Civil Veterinary Department. United Provinces 1923-31 - 1923-1931
Year: 1923
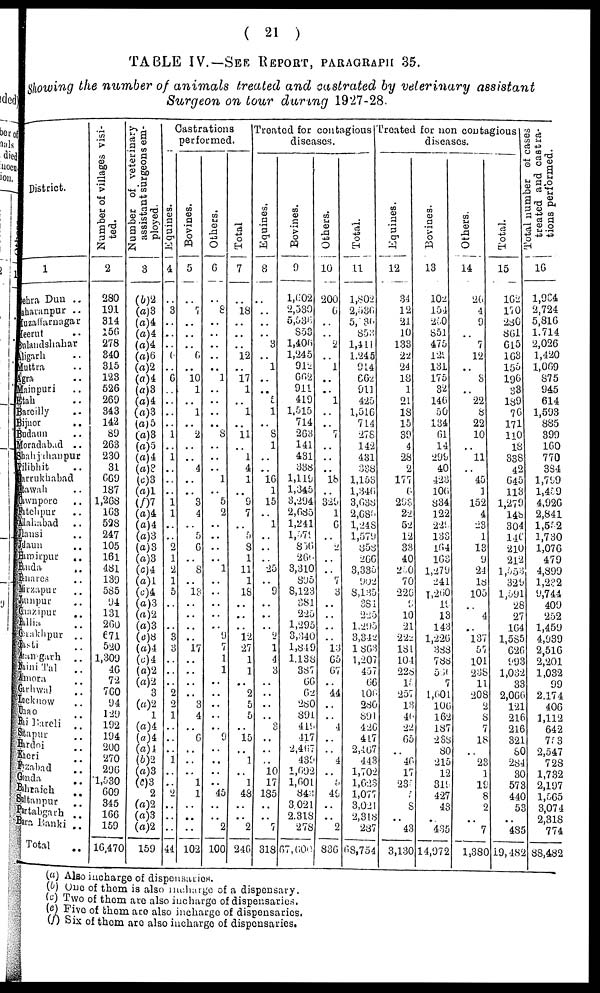
(21)
TABLE IV.—SEE REPORT, PATAGRAPHS 35.
Showing the number of animals treated and castrated by veterinary assistant
Surgeon on tour during 1927-28.
District.
1
shra Dun ..
sharanpur ..
uzaffarnagar
leerut ..
lulandshahar
Jigarh ..
Muttra ..
Igra ..
Mainpuri ..
Etah ..
Bareilly ..
Bijuor
..
Budaun ..
Moradabad ..
Shahjahanpur
Pilibhit ..
larrukhabad
Itawah ..
Cownpore ..
Fatchpur ..
Allahabad ..
Hansi ..
Maun
..
Himirpur ..
Bnda
..
Bnares ..
Mirzapur ..
Jiunpur ..
Giazipur ..
Ballia ..
Gorakhpur ..
Basti ..
Azamgarh
..
Naini Tal ..
Amora ..
Garhwal ..
Lucknow
..
bao ..
Rai Bareli ..
Stapur ..
Hardoi ..
Kheri ..
Frzabad ..
Gonda ..
Bahraich ..
Saltampur
..
Partabgarh ..
Bara Banki ..
Total ..
Number of villages visi-
ted.
2
280
191
314
156
278
340
315
123
526
269
343
142
89
263
230
31
669
187
1,268
163
528
247
105
161
481
139
585
94
131
260
671
520
1,309
46
72 760
94
129
192
194
200
270
296
1,530
609
345
166
..
16,470
Number of veterinary
assistant surgeons em-
ployed.
3
(6)2
(a)3
(a)4
(a)4
(a)4
(a)6
(a)2
(a)4
(a)8
(a)4
(a)3
(a)5
(a)3
(a)5
(a)4
(a)2
(c)3
(a)1
(f)7
(a)4
(a)4
(a)3
(a)3
(a)3
(c)4
(a)1
(c)4
(a)3
(a)2
(a)3
(c)8
(a)4
(c)4
(a)2
(a)2
3
(a)2
1
(a)4
(a)4
(a)4
(b)2
(a)3
(c)3
2
(a)2
(a)3
..
159
Castrations
performed.
Equines.
4
..
3
..
..
..
..
..
6
..
..
..
..
1
..
1
..
..
..
1
1
..
..
2
1
2
1
5
..
..
3
3
..
..
..
2
2
1
..
..
1
1
..
2
..
..
..
44
Bovines.
5
..
7
..
..
..
6
..
10
1
..
1
.. 2
..
..
4
..
..
3
4
..
5
6
..
8
..
18
..
..
..
..
17
..
.. ..
..
3
4
..
6
..
.. ..
1
1
..
..
..
102
Others.
6
..
8
..
..
..
..
..
1
..
..
..
..
8
..
..
..
1
..
5
2
..
..
..
..
1
..
..
.. ..
..
9
7
1
1
..
..
..
..
..
9
..
.. ..
.. 45
..
.. 2
100
Total
7
..
18
..
..
..
12
..
17
1
..
1
..
11
..
1
4
1
..
9
7
.. 5
8
1
11
1
18
..
..
..
12
27
1
1
.. 2
5
5
..
15
..
1
..
1
48
..
.. 2
246
Treated for contagious
diseases.
Equines.
8
..
..
..
..
3
..
1
,.
..
..
1
..
8
1
..
..
16
1
15
1
..
..
..
25
..
9
..
..
..
2
1
4
3
..
..
..
..
3
..
..
..
10
17
185
..
..
7
318
Bovines.
9
1,602
2,530
5,536
853
1,406
1,245
912
662
911
419
1,515
714
263
141
431
388
1,119
1,345
3,294
2,685
1,241
1,579
856
266
3,310
895
8,123
381
225
1,295
8,340
1,819
1,138
387
66
62
280
891
418
417
2,467
439
1,092
1,601
843
3,021
2,318
278
67,600
Others.
10
200
6
..
..
2
..
1
..
..
1
.. 7
..
..
..
18
..
329
1
6
..
2
..
..
7
3
..
..
..
..
13
65
67
.. 44
..
..
4
..
..
4
..
5
49
..
.. 2
836
Total.
11
1,802
2,536
5,536
853
1,411
1.245
914
662
911
425
1,516
714
278
142
481
388
1,153
1,340
3,638
2,686
1,248
1,579
858
266
3,335
902
8,135
381
225
1.295
3,342
1,863
1,207
457
66
106
280
891
420
417
2,467
443
1,702
1,623
1,077
3,021
2,318
287
68,754
Treated for non contagious
diseases.
Equines.
12
34
12
21
10
133
22
24
18
1
21
18
15
39
4
28
2
177
6
29S
22
52
12
33
40
260
70
220
9
10
21
222
181
104
228
18
257
13
40
22
65
..
46
17
231
5
8
.. 43
3,130
Bovines.
13
102
154
260
851
475
129
131
175
82
140
50
134
61
14
299
40
423
100
834
122
229
133
104
168
1,279
241
1,260
19
13
143
1,226
388
786
580
7
1,601
106
162
187
288
80
215
12
319
427
43
.. 435
14,972
Others.
14
20
4
9
..
7
12
..
3
..
22
8
22
10
11
..
45
1
152
4
23
1
13
9
24
18
105
..
4
..
i37
57
101
238
11
208
2
8
7
18
..
23
1
19
8
2
.. 7
1,380
Total.
15
162
170
280
861
615
169
155
196
33
189
76
173
110
18
338
42
645
11
1,279
146
304
141
210
212
1,553
321
1,591
28
27
164
1,585
626
993
1,032
33
2,066
121
216
216
321
80
284
30
573
440
53
.. 485
19,482
Total number el cases
treated and castra-
tions performed.
16
1,984
2,724
5,816
1,714
2,026
1,420
1,069
875
945
614
1,593
885
399
160
770
384
1,799
1,459
4,926
2,841
1,552
1,730
1,076
479
4,899
1,232
9,744
409
252
1,459
4,939
2,516
2,201
1,032
99
2,174
406
1,112
642
783
2,547
728
1,732
2,197
1,565
3,074
2,318
774
88,482
(a) Also incharge of dispensaries.
(b) One of them is also incharge of a dispensary.
(c) Two of them are also incharge of dispensaries.
(e) Five of them are also incharge of dispensaries.
(f) Six of them are also incharge of dispensaries.